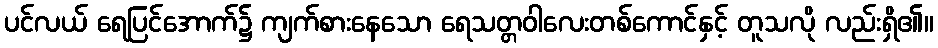
ပင်လယ် ရေပြင်အောက်၌ ကျက်စားနေသော ရေသတ္တဝါလေးတစ်ကောင်နှင့် တူသလို လည်းရှိ၏။